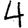
Digit: 4